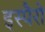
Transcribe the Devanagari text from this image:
इस्पैरो